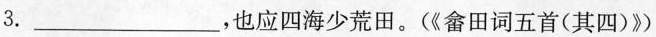
3.___，也应四海少荒田。(《畲田词五首(其四)》)